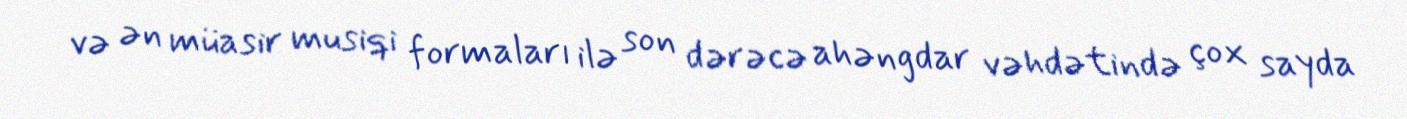
və ən müasir musiqi formaları ilə son dərəcə ahəngdar vəhdətində çox sayda